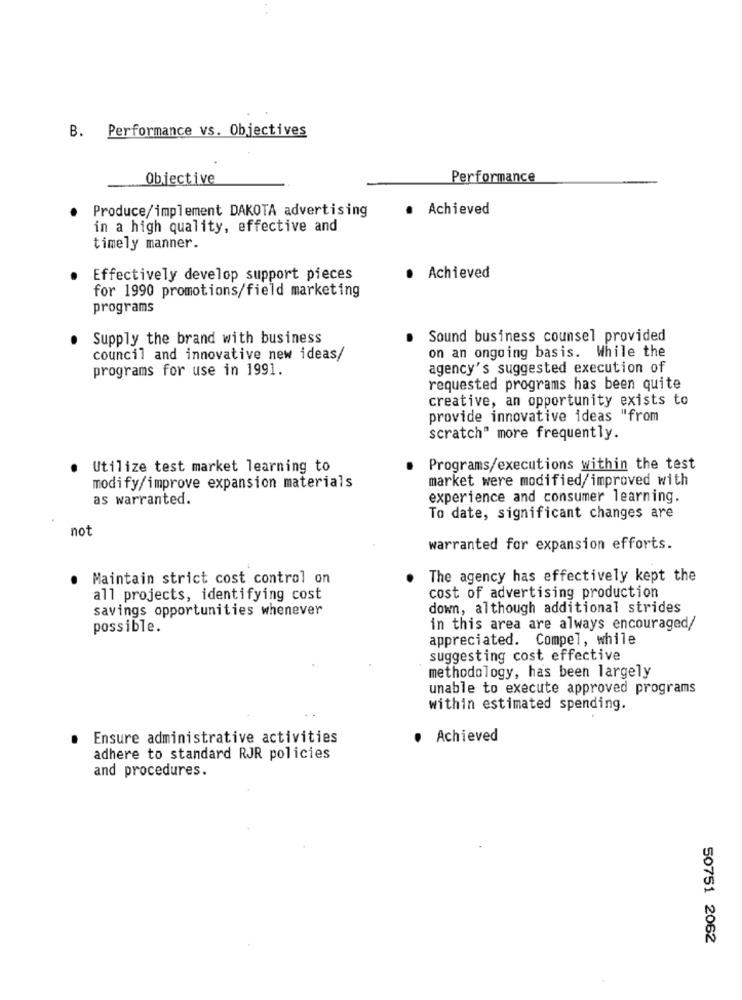
B. Performance vs. Objectives
Objective
Performance
Produce/implement DAKOTA advertising
· Achieved
in a high quality, effective and
timely manner.
Effectively develop support pieces
· Achieved
for 1990 promotions/field marketing
programs
. Supply the brand with business
.
Sound business counsel provided
council and innovative new ideas/
on an ongoing basis. While the
programs for use in 1991.
agency's suggested execution of
requested programs has been quite
creative, an opportunity exists to
provide innovative ideas "from
scratch" more frequently.
. Utilize test market learning to
Programs/executions within the test
market were modified/improved with
modify/improve expansion materials
as warranted.
experience and consumer learning.
To date, significant changes are
not
warranted for expansion efforts.
Maintain strict cost control on
The agency has effectively kept the
all projects, identifying cost
cost of advertising production
savings opportunities whenever
down, although additional strides
possible.
in this area are always encouraged/
appreciated. Compel, while
suggesting cost effective
methodology, has been largely
unable to execute approved programs
within estimated spending.
Ensure administrative activities
· Achieved
.
adhere to standard RJR policies
and procedures.
50751 2062